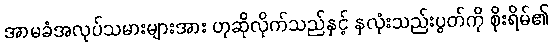
အာမခံအလုပ်သမားများအား ဟုဆိုလိုက်သည်နှင့် နှလုံးသည်းပွတ်ကို စိုးရိမ်၏